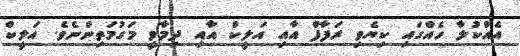
އެއްކުލާ ހެއްގައި ކިޔެވި ރަފާފް އާއި އަލީކް އާއި ދިމާވީ މަގުމަތިންނެވެ. އަލީކް